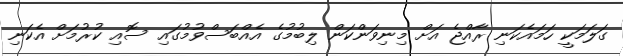
ގަލަމަކީ ހަމައެކަނި ރާއްޖެ އަށް މިނިވަންކަން ލިބުމުގެ އެއްބަސްވުމުގައި ސޮއި ކުރުމަށް އެކަނި